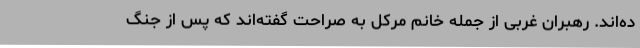
ده‌اند. رهبران غربی از جمله خانم مرکل به صراحت گفته‌اند که پس از جنگ